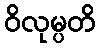
ဝိလုမ္ပတိ